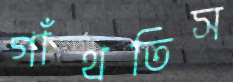
গাঁথতিস